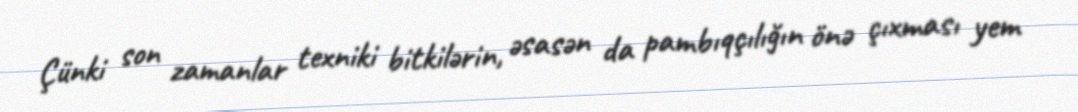
Çünki son zamanlar texniki bitkilərin, əsasən da pambıqçılığın önə çıxması yem